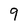
Character: 9